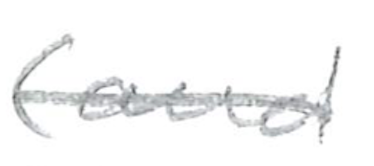
Text: (and
Cross-out: single-line
Writing tool: pencil